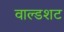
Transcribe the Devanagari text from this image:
वाल्डशट